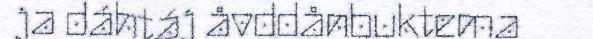
ja dáhtáj åvddånbuktema